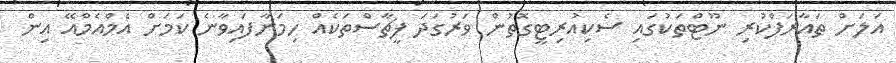
އަލަށް ތައާރަފްކުރި ނޫޓްތަކުގައި ސެކިއުރިޓީގޮތުން ވަރުގަދަ ފީޗާސްތަކެއް ހިމަނާފައިވާނެ ކަމަށް އެމްއެމްއޭ އިން